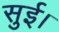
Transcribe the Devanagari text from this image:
सुई।